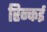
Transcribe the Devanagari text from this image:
रिन्कई